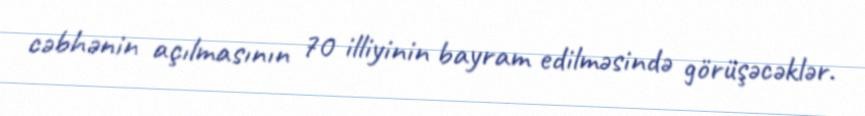
cəbhənin açılmasının 70 illiyinin bayram edilməsində görüşəcəklər.